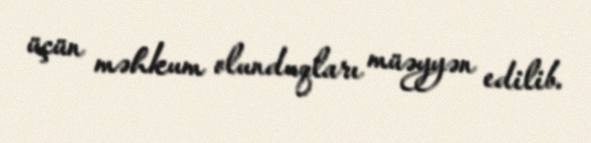
üçün məhkum olunduqları müəyyən edilib.